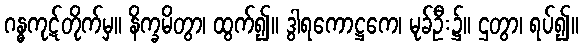
ဂန္ဓကုဋ်တိုက်မှ။ နိက္ခမိတွာ၊ ထွက်၍။ ဒွါရကောဋ္ဌကေ၊ မုခ်ဦး၌။ ဌတွာ၊ ရပ်၍။